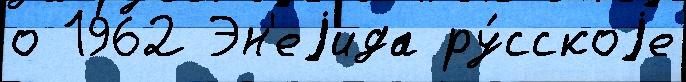
о 1962 Эн'еjида ру́сскоjе